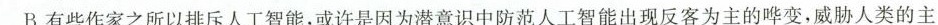
B有些作家之所以排斥人工智能。或许是因为潜意识中防范人工智能出现反客为主的鸡变。成胁人类的主